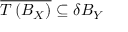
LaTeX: { \overline { { T \left( B _ { X } \right) } } } \subseteq \delta B _ { Y }